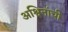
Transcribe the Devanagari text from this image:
अश्विनांची